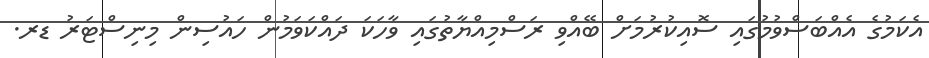
އެކަމުގެ އެއްބަސްވުމުގައި ސޮއިކުރުމަށް ބޭއްވި ރަސްމިއްޔާތުގައި ވާހަކަ ދައްކަވަމުން ހައުސިން މިނިސްޓަރު ޑރ.